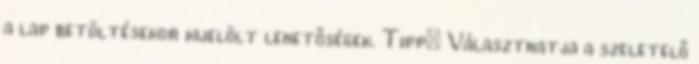
a lap betöltésekor kijelölt lehetőségek. Tipp: Választhatja a szeletelő